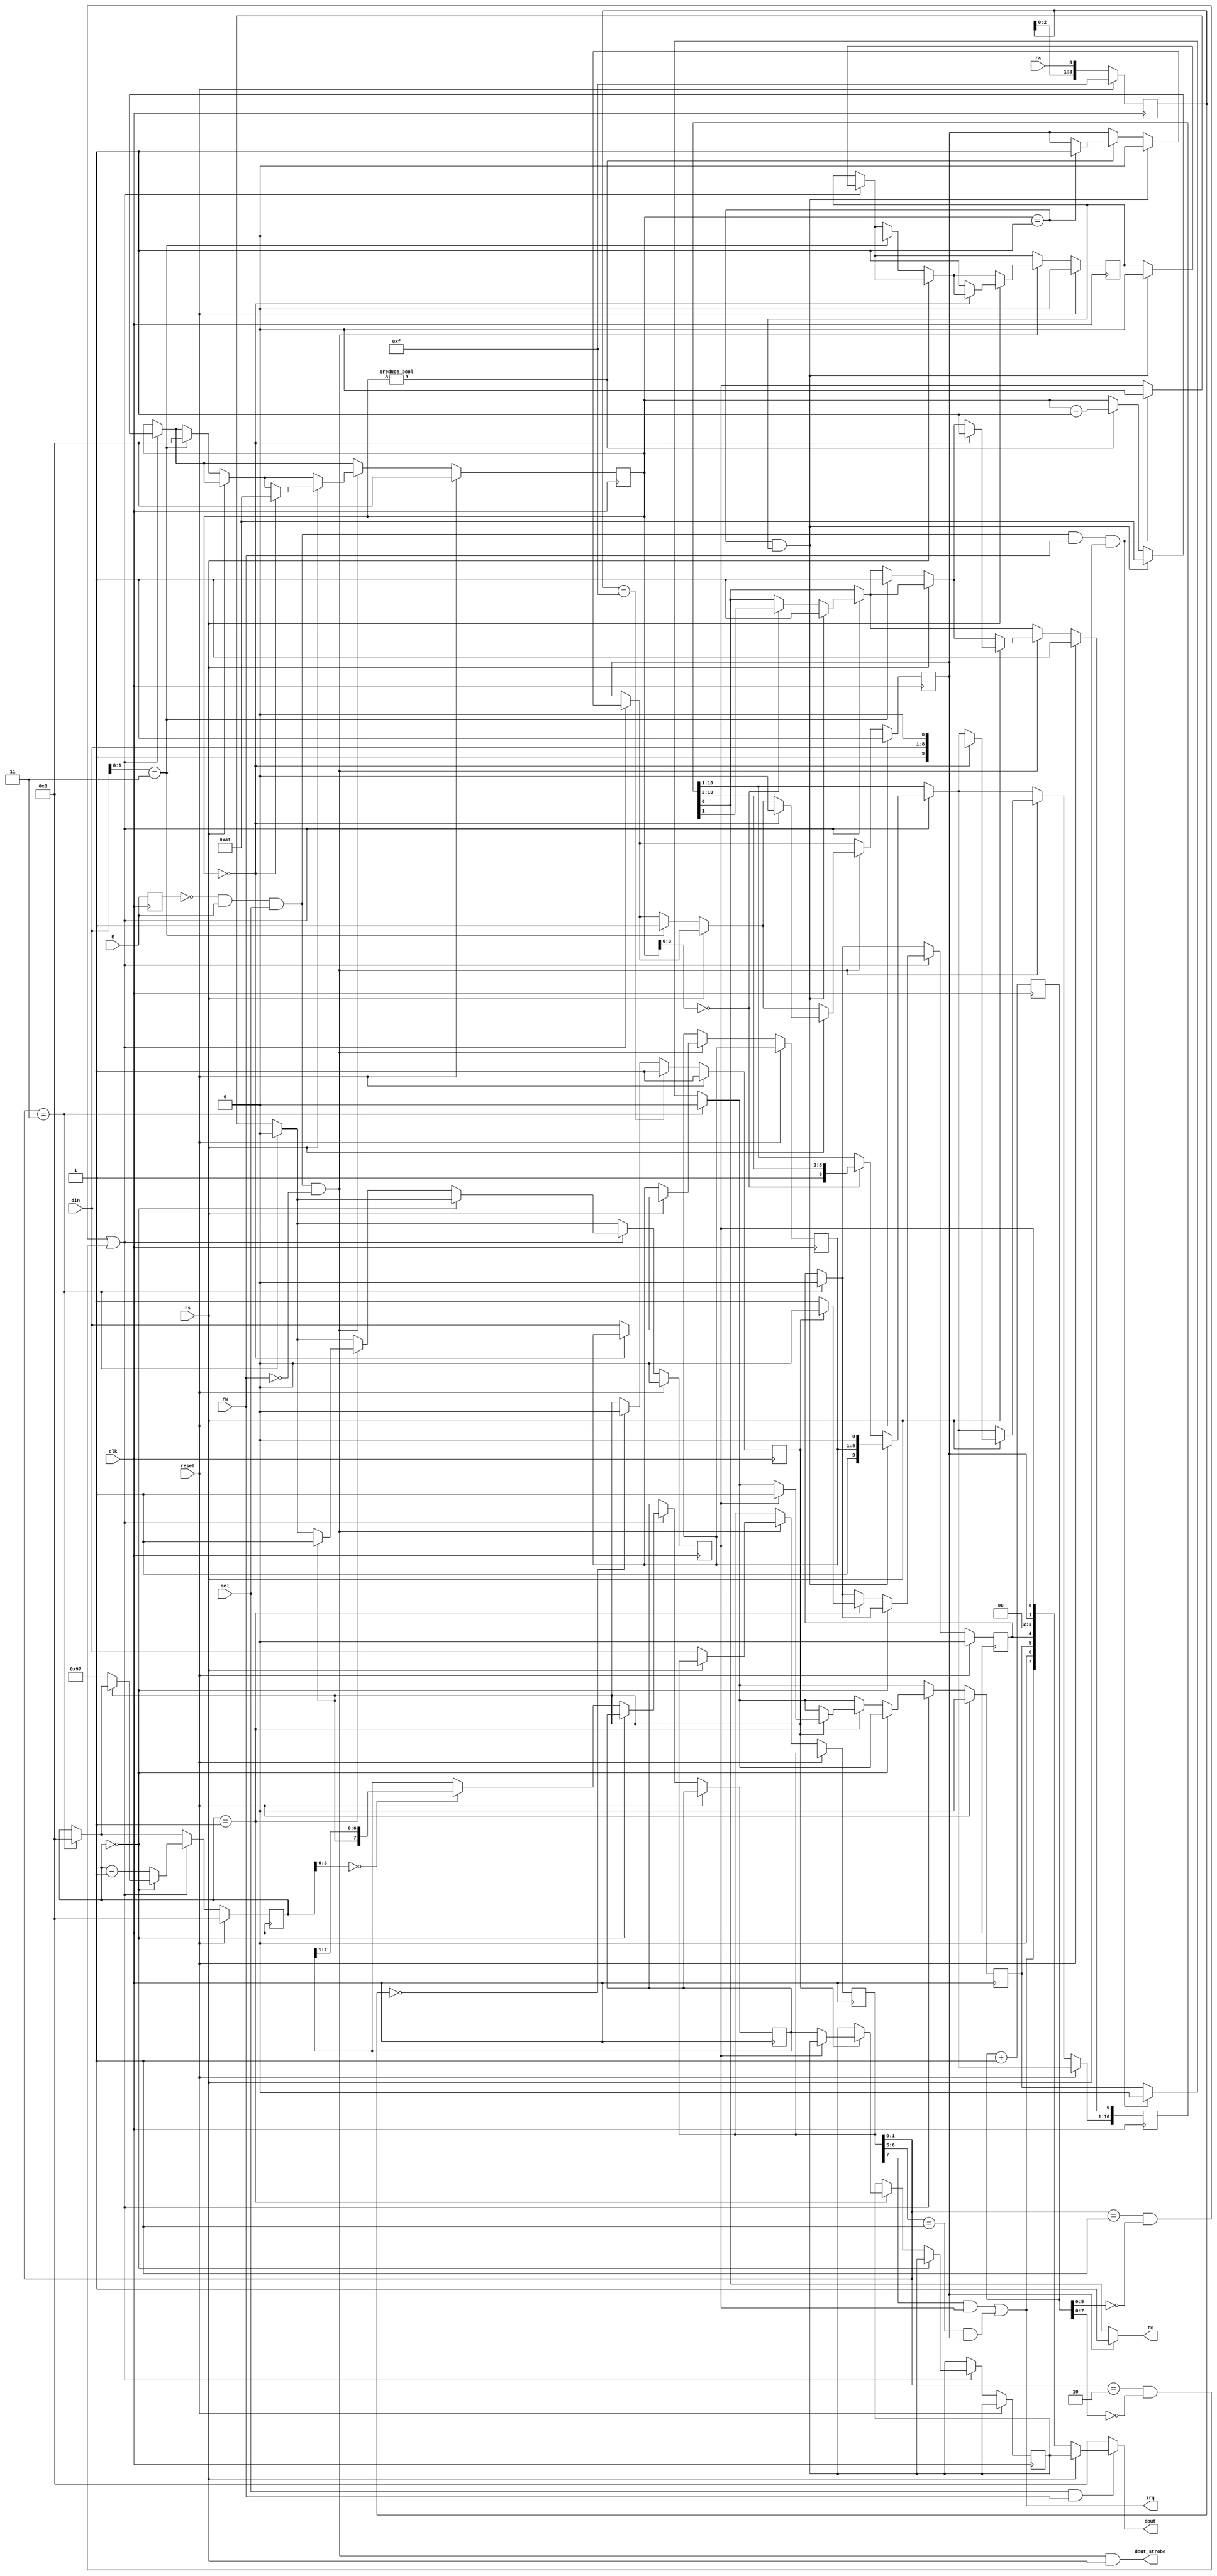
module acia (
	// cpu register interface
	input clk,
	input E,
	input reset,
	input [7:0] din,
	input sel,
	input rs,
	input rw,
	output reg [7:0] dout,
	output irq,

	output tx,
	input rx,

	// parallel data out strobe to io controller
	output dout_strobe
);

reg E_d;
always @(posedge clk) E_d <= E;
wire clk_en = ~E_d & E;

assign dout_strobe = clk_en && sel && ~rw && rs;

// the control register
reg [7:0] serial_cr;
 
assign irq = serial_irq;

// ---------------- CPU read interface ------------

always @(sel, rw, rs, serial_status, serial_rx_data) begin
	dout = 8'h00;

	if(sel && rw) begin
		if(~rs) dout = serial_status;
		if( rs) dout = serial_rx_data;
	end
end

// ------------------------------ serial UART ---------------------------------
wire serial_irq = (serial_cr[7] && serial_rx_data_available) ||    // rx irq
	((serial_cr[6:5] == 2'b01) && serial_tx_empty);               // tx irq

wire [7:0] serial_status = { serial_irq, 1'b0 /* parity err */, serial_rx_overrun, serial_rx_frame_error,
									2'b00 /* CTS & DCD */, serial_tx_empty, serial_rx_data_available};

// implemented bitrates:
// - 500kHz/64 = 7812.5 bps (ST iKBD)
// - 500kHz/16 = 31250 bps  (ST MIDI)
// only 8N1 framing

// 32MHz/4096 = 7812.5Hz
reg [11:0] serial_clk;
always @(posedge clk)
	serial_clk <= serial_clk + 1'd1;

// --------------------------- serial receiver -----------------------------
reg [7:0] serial_rx_cnt;         // bit + sub-bit counter
reg [7:0] serial_rx_shift_reg;   // shift register used during reception
reg [7:0] serial_rx_data;  
reg [3:0] serial_rx_filter;      // filter to reduce noise
reg serial_rx_frame_error;
reg serial_rx_overrun;
reg serial_rx_data_available;
reg serial_in_filtered;

always @(posedge clk) begin
	if(reset) begin
		serial_rx_cnt <= 8'd0;
		serial_rx_data_available <= 1'b0;
		serial_rx_filter <= 4'b1111;
		serial_in_filtered <= 1'b1;
		serial_rx_overrun <= 1'b0;
		serial_rx_frame_error <= 1'b0;
	end else begin
	
		// read on serial data register
		if(clk_en && sel && rw && rs) begin
			serial_rx_data_available <= 1'b0;   // read on serial data clears rx status
			serial_rx_overrun <= 1'b0;
		end

		// serial acia master reset
		if(serial_cr[1:0] == 2'b11) begin
			serial_rx_cnt <= 8'd0;
			serial_rx_data_available <= 1'b0;
			serial_rx_filter <= 4'b1111;
			serial_rx_overrun <= 1'b0;
			serial_rx_frame_error <= 1'b0;
		end

		serial_rx_filter <= { serial_rx_filter[2:0], rx};
		
		// serial input must be stable for 4 cycles to change state
		if(serial_rx_filter == 4'b0000) serial_in_filtered <= 1'b0;
		if(serial_rx_filter == 4'b1111) serial_in_filtered <= 1'b1;
			
		// 16 times serial clock
		if((serial_cr[1:0] == 2'b01 && serial_clk[5:0] == 6'd0) || // 31250 bps
		   (serial_cr[1:0] == 2'b10 && serial_clk[7:0] == 8'd0))   // 7812.5 bps
		begin
			// receiver not running
			if(serial_rx_cnt == 8'd0) begin
				// seeing start bit?
				if(serial_in_filtered == 1'b0) begin
					// expecing 10 bits starting half a bit time from now
					serial_rx_cnt <= { 4'd9, 4'd7 };
				end
			end else begin
				// receiver is running
				serial_rx_cnt <= serial_rx_cnt - 8'd1;

			   // received a bit
				if(serial_rx_cnt[3:0] == 4'd0) begin
					// in the middle of the bit -> shift new bit into msb
					serial_rx_shift_reg <= { serial_in_filtered, serial_rx_shift_reg[7:1] };
				end

				// receiving last (stop) bit
				if(serial_rx_cnt[7:0] == 8'd1) begin
					if(serial_in_filtered == 1'b1) begin
						if (serial_rx_data_available)
							// previous data still not read? report overrun
							serial_rx_overrun <= 1'b1;
						else
							// copy data into rx register 
							serial_rx_data <= serial_rx_shift_reg;  // pure data w/o start and stop bits
						serial_rx_data_available <= 1'b1;
						serial_rx_frame_error <= 1'b0;
					end else
						// report frame error via status register
						serial_rx_frame_error <= 1'b1;

				end
			end
		end
	end
end   

// --------------------------- serial transmitter -----------------------------
assign tx = serial_tx_empty ? 1'b1: serial_tx_shift_reg[0];
reg serial_tx_empty;
reg [7:0] serial_tx_cnt;
reg [7:0] serial_tx_data;
reg serial_tx_data_valid;
reg [10:0] serial_tx_shift_reg;

always @(posedge clk) begin

	// 16 times serial clock
	if((serial_cr[1:0] == 2'b01 && serial_clk[5:0] == 6'd0) || // 31250 bps
	   (serial_cr[1:0] == 2'b10 && serial_clk[7:0] == 8'd0))   // 7812.5 bps
	begin
		if(serial_tx_cnt[3:0] == 4'h0) begin
			// shift down one bit, fill with 1 bits
			serial_tx_shift_reg <= { 1'b1, serial_tx_shift_reg[10:1] };
		end

		// decrease transmit counter
		if(serial_tx_cnt != 8'd0) begin
			serial_tx_cnt <= serial_tx_cnt - 8'd1;
			if(serial_tx_cnt == 1)
				serial_tx_empty <= 1'b1;
		end

		// restart immediately if another byte is in tx buffer 
		if((serial_tx_cnt == 8'd1) && serial_tx_data_valid) begin
			serial_tx_shift_reg <= { 1'b1, serial_tx_data, 1'b0, 1'b1 };  // 8N1, lsb first
			serial_tx_cnt <= { 4'd10, 4'd1 };   // 10 bits to go
			serial_tx_data_valid <= 1'b0;
			serial_tx_empty <= 1'b0;
		end
	end

	if(reset) begin
		serial_tx_cnt <= 8'd0;
		serial_tx_empty <= 1'b1;
		serial_tx_data_valid <= 1'b0;
		serial_tx_shift_reg[0] <= 1'b1;
	end else if(clk_en && sel && ~rw) begin

		// write to serial control register
		if(~rs) begin
			serial_cr <= din;
			if (din[1:0] == 2'b11) begin
				serial_tx_cnt <= 8'd0;
				serial_tx_empty <= 1'b1;
				serial_tx_data_valid <= 1'b0;
				serial_tx_shift_reg[0] <= 1'b1;
			end
		end

		// write to serial data register
		if(rs) begin
			if(serial_tx_cnt == 8'd0) begin
				// transmitter idle? start immediately ...
				serial_tx_shift_reg <= { 1'b1, din, 1'b0, 1'b1 };  // 8N1, lsb first
				serial_tx_cnt <= { 4'd10, 4'd1 };   // 10 bits to go
				serial_tx_empty <= 1'b0;
			end else begin
				// ... otherwise store in data buffer
				serial_tx_data <= din;
				serial_tx_data_valid <= 1'b1;
			end
		end
	end
end

endmodule